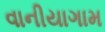
વાનીયાગામ